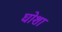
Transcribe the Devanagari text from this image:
घोशा